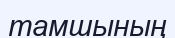
тамшының